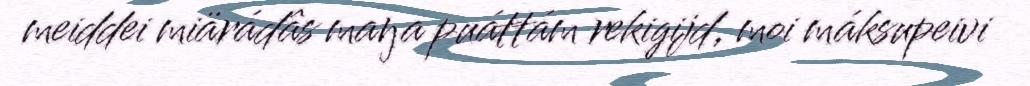
meiddei miärádâs maŋa puáttám rekigijd, moi máksupeivi